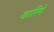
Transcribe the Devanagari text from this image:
वारिंगे